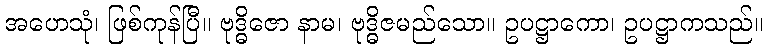
အဟေသုံ၊ ဖြစ်ကုန်ပြီ။ ဗုဒ္ဓိဇော နာမ၊ ဗုဒ္ဓိဇမည်သော။ ဥပဋ္ဌာကော၊ ဥပဋ္ဌာကသည်။